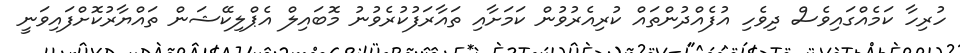
ހުރިހާ ކަމެއްގައިވެސް ދިވެހި އުފެއްދުންތައް ކުރިއެރުވުން ކަމަށާއި ތައާރަފުކުރެވުނު މޮބައިލް އެޕްލިކޭޝަން ތައްޔާރުކޮށްފައިވަނީ